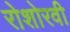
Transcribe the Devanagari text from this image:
रोशोरवी